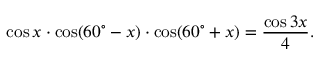
\cos x \cdot \cos ( 6 0 ^ { \circ } - x ) \cdot \cos ( 6 0 ^ { \circ } + x ) = { \frac { \cos 3 x } { 4 } } .